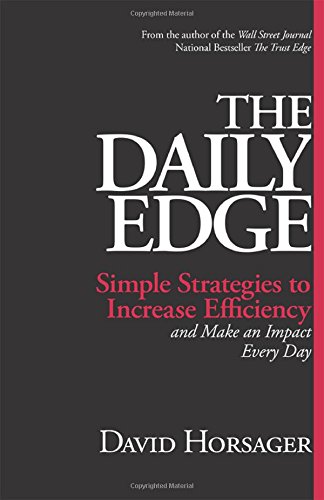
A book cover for The Daily Edge: Simple Strategies to Increase Efficiency and Make an Impact Every Day; David Horsager; Business & Money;